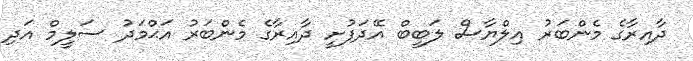
ދާއިރާގެ މެންބަރު އިލްޔާސް ލަބީބް އޭދަފުށީ ދާއިރާގެ މެންބަރު އަޙްމަދު ސަލީމް އަދި